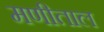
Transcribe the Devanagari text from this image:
मणीताल